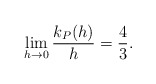
\begin{align*} \begin{aligned} \lim _{h\rightarrow 0}\frac{k_P(h)}{h}=\frac{4}{3}. \end{aligned} \end{align*}